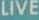
LIVE